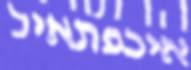
איכפתאיל